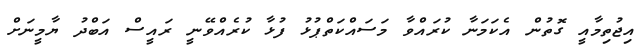
އިޖުތިމާއީ ގޮތުން އެކަމަނާ ކުރައްވާ މަސައްކަތްޕުޅު ފުޅާ ކުރެއްވޭނީ ރައީސް އަބްދު ޔާމީނަށް